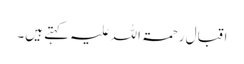
اقبال رحمۃ اللہ علیہ کہتے ہیں۔